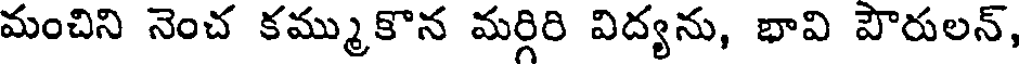
మంచిని నెంచ కమ్ముకొన మర్గిరి విద్యను, భావి పౌరులన్,